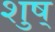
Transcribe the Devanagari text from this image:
शुष्